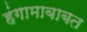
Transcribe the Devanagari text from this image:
हंगामाबाबत